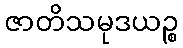
ဇာတိသမုဒယဉ္စ